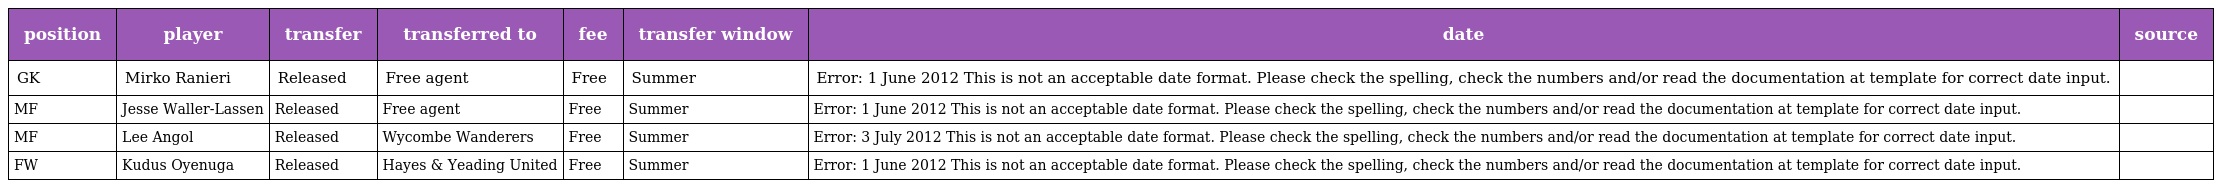
| position | player | transfer | transferred to | fee | transfer window | date | source |
 | --- | --- | --- | --- | --- | --- | --- | --- |
 | GK | Mirko Ranieri | Released | Free agent | Free | Summer | Error: 1 June 2012 This is not an acceptable date format. Please check the spelling, check the numbers and/or read the documentation at template for correct date input. |  |
 | MF | Jesse Waller-Lassen | Released | Free agent | Free | Summer | Error: 1 June 2012 This is not an acceptable date format. Please check the spelling, check the numbers and/or read the documentation at template for correct date input. |  |
 | MF | Lee Angol | Released | Wycombe Wanderers | Free | Summer | Error: 3 July 2012 This is not an acceptable date format. Please check the spelling, check the numbers and/or read the documentation at template for correct date input. |  |
 | FW | Kudus Oyenuga | Released | Hayes & Yeading United | Free | Summer | Error: 1 June 2012 This is not an acceptable date format. Please check the spelling, check the numbers and/or read the documentation at template for correct date input. |  |